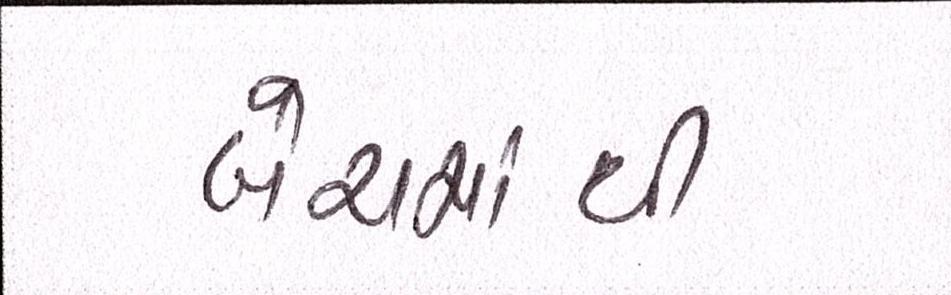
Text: બેચમાંથી